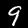
Label: 9